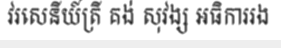
វរសេនីយ៍ត្រី គង់ សុវង្ស អធិការរង